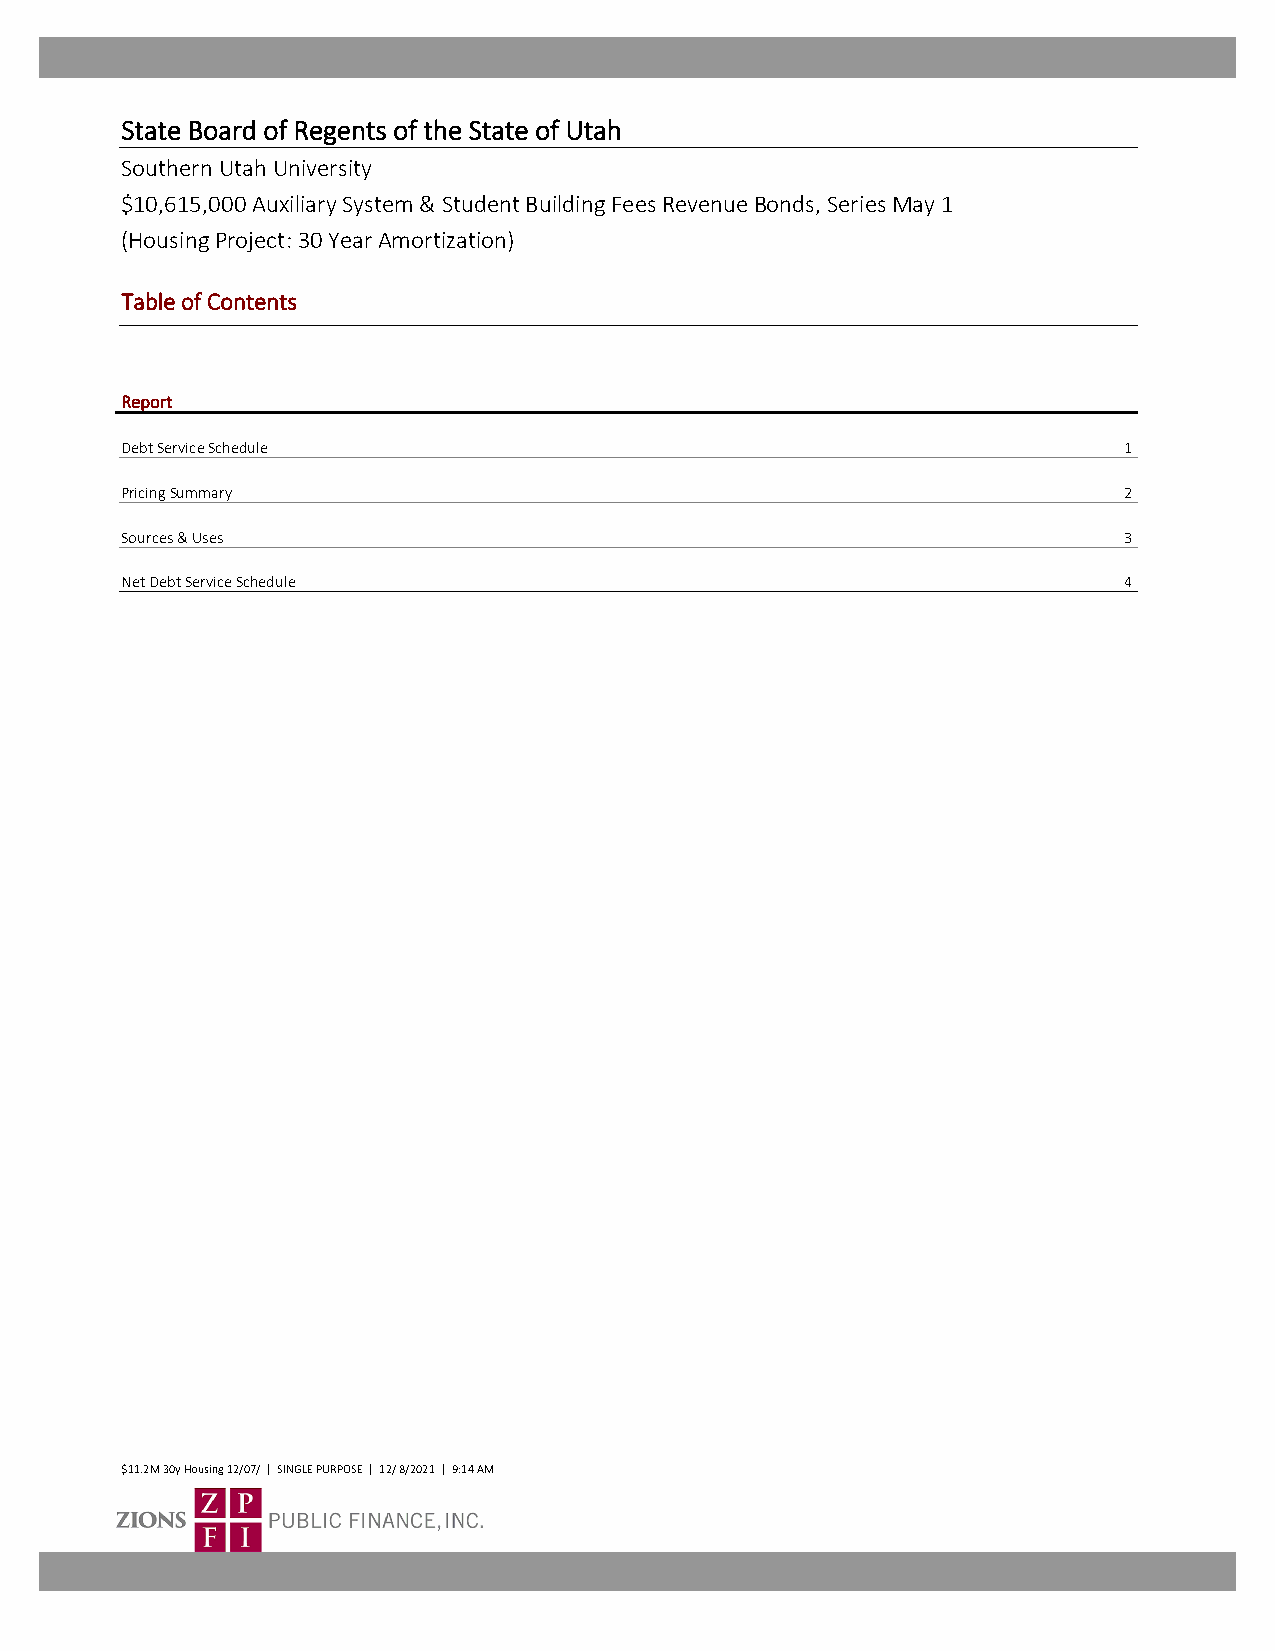
State Board of Regents of the State of Utah
 Southern Utah University
 $10,615,000 Auxiliary System & Student Building Fees Revenue Bonds, Series May 1
 (Housing Project: 30 Year Amortization)
 Table of Contents
 Report
 Debt Service Schedule                                             1
 Pricing Summary                                                   2
 Sources & Uses                                                    3
 Net Debt Service Schedule                                         4
 $ 1 1.2M 30y Housing 12/07/ | SINGLE PURPOSE | 12/ 8/2021 | 9:14 AM